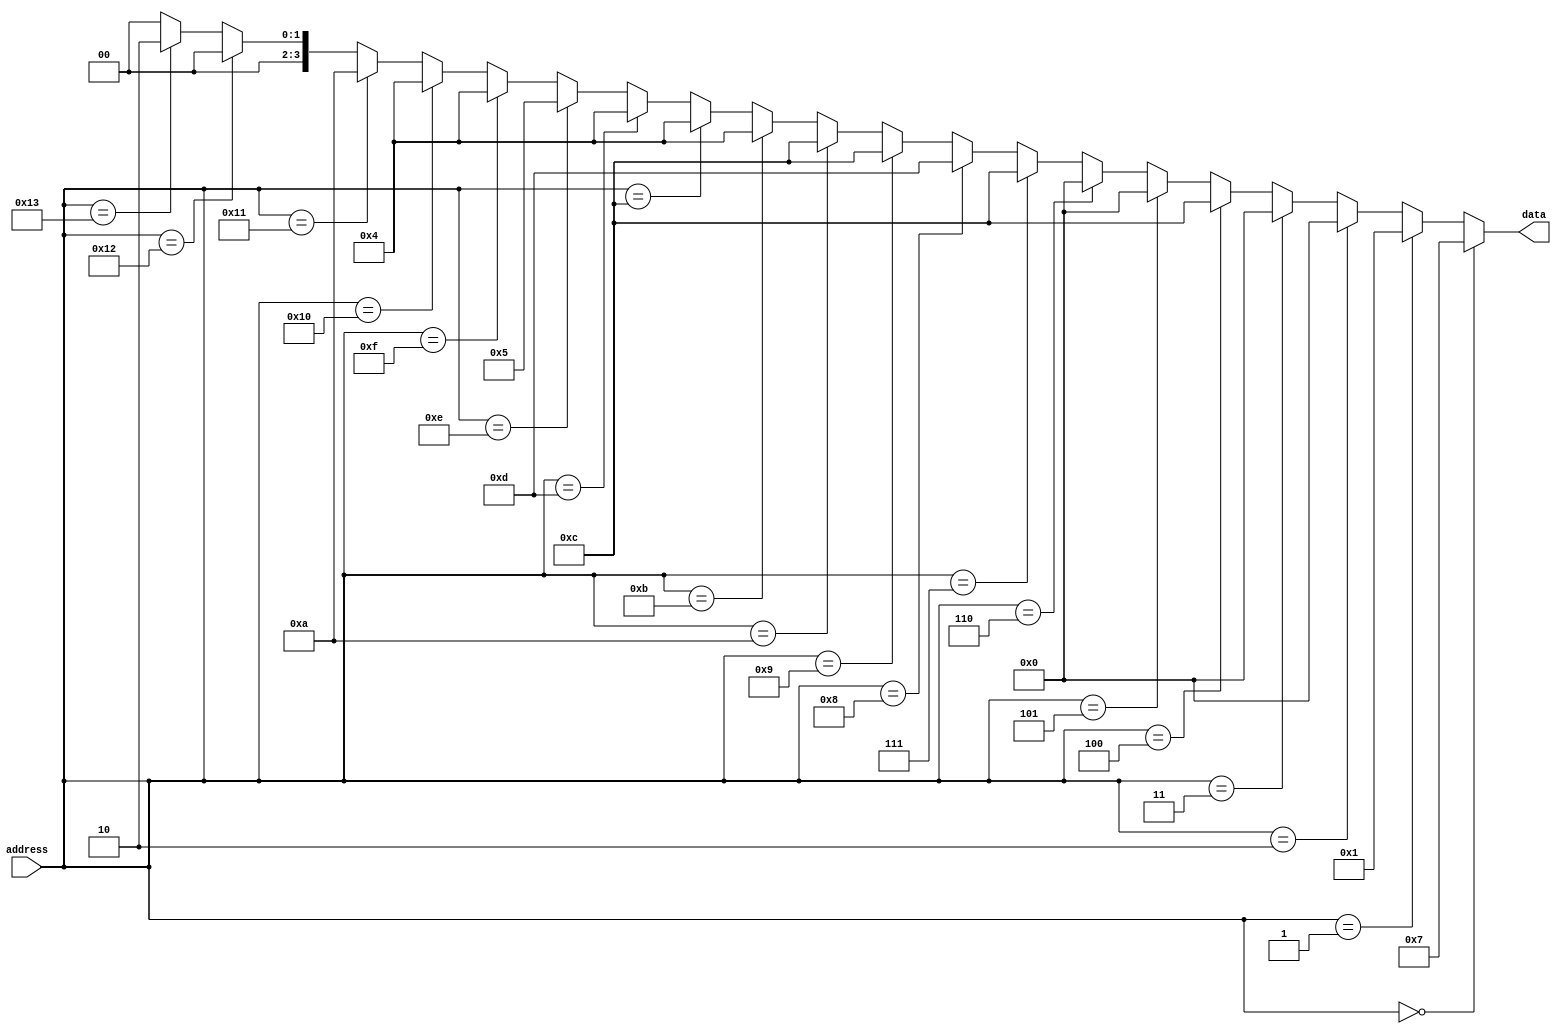
module up2_code(
	input  [$clog2(SIZE)-1:0]   address,
	output [3:0]                data
);
	parameter SIZE = 20;
	assign data = 
		(address == 'd0) ? 4'h7 :
		(address == 'd1) ? 4'h1 :
		(address == 'd2) ? 4'h0 :
		(address == 'd3) ? 4'h0 :
		(address == 'd4) ? 4'hC :
		(address == 'd5) ? 4'h0 :
		(address == 'd6) ? 4'h0 :
		(address == 'd7) ? 4'hC :
		(address == 'd8) ? 4'hD :
		(address == 'd9) ? 4'hC :
		(address == 'd10) ? 4'hC :
		(address == 'd11) ? 4'h4 :
		(address == 'd12) ? 4'h4 :
		(address == 'd13) ? 4'h4 :
		(address == 'd14) ? 4'h5 :
		(address == 'd15) ? 4'h4 :
		(address == 'd16) ? 4'h4 :
		(address == 'd17) ? 4'hA :
		(address == 'd18) ? 4'h0 :
		(address == 'd19) ? 4'h2 :
		'h0;
endmodule